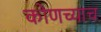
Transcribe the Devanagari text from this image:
कोणच्याच